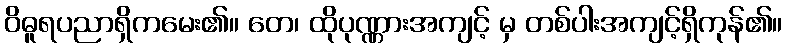
ဝိဓူရပညာရှိကမေး၏။ တေ၊ ထိုပုဏ္ဏားအကျင့် မှ တစ်ပါးအကျင့်ရှိကုန်၏။